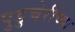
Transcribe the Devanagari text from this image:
पुडुचेरीच्या